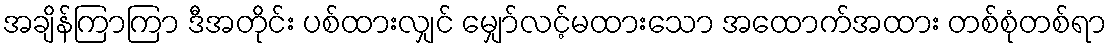
အချိန်ကြာကြာ ဒီအတိုင်း ပစ်ထားလျှင် မျှော်လင့်မထားသော အထောက်အထား တစ်စုံတစ်ရာ